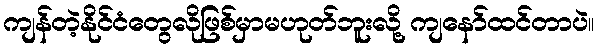
ကျန်တဲ့နိုင်ငံတွေလိုဖြစ်မှာမဟုတ်ဘူးလို့ ကျနော်ထင်တာပဲ။